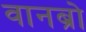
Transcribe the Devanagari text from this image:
वानब्रो